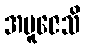
အပူဇေသိ